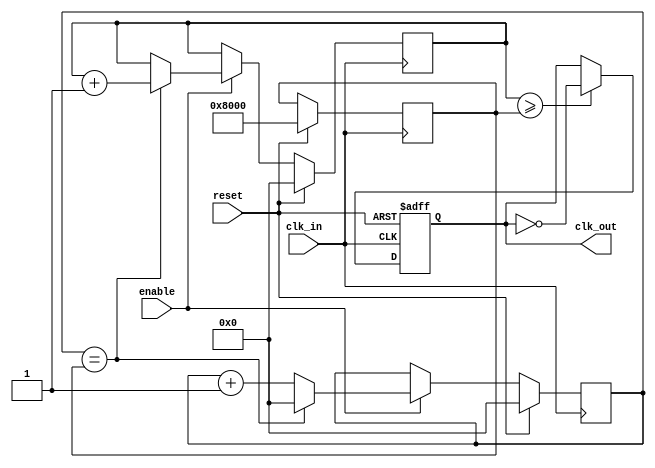
module fractional_clock_divider (
  input wire clk_in,
  input wire reset,
  input wire enable,
  output reg clk_out
);

reg [15:0] count_reg;
reg [15:0] threshold;
reg [15:0] feedback_reg;

always @(posedge clk_in) begin
  if (reset) begin
    count_reg <= 16'h0000;
    feedback_reg <= 16'h0000;
    threshold <= 16'h8000; // 50% duty cycle
  end else if (enable) begin
    if (count_reg == threshold) begin
      count_reg <= 16'h0000;
      feedback_reg <= feedback_reg + 1;
    end else begin
      count_reg <= count_reg + 1;
    end
  end
end

always @(posedge clk_in or posedge reset) begin
  if (reset) begin
    clk_out <= 1'b0;
  end else if (feedback_reg >= threshold) begin
    clk_out <= ~clk_out;
  end
end

endmodule